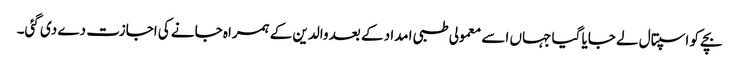
بچے کو اسپتال لے جایا گیا جہاں اسے معمولی طبی امداد کے بعد والدین کے ہمراہ جانے کی اجازت دے دی گئی۔